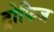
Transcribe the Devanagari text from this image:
ट्रोफिज